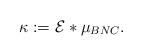
LaTeX: \begin{align*}\kappa := \mathcal{E} \ast \mu_{BNC}.\end{align*}